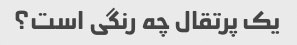
یک پرتقال چه رنگی است؟